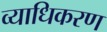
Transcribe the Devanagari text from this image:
व्याधिकरण